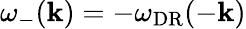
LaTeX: \omega_{-}(\mathbf{k})=-\omega_{\mathrm{DR}}(-\mathbf{k})